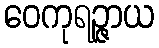
ဝေကုရဉ္ဇာယ